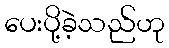
ပေးပို့ခဲ့သည်ဟု